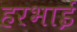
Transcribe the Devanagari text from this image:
हरभाई